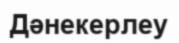
Дәнекерлеу